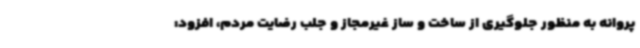
پروانه به منظور جلوگیری از ساخت و ساز غیرمجاز و جلب رضایت مردم، افزود: